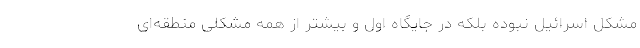
مشکل اسرائیل نبوده بلکه در جایگاه اول و بیشتر از همه مشکلی منطقه‌ای